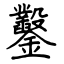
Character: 鑿